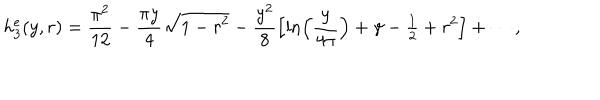
h _ { 3 } ^ { e } ( y , r ) = \frac { \pi ^ { 2 } } { 1 2 } - \frac { \pi y } { 4 } \sqrt { 1 - r ^ { 2 } } - \frac { y ^ { 2 } } { 8 } \left[ \ln \left( \frac { y } { 4 \pi } \right) + \gamma - { \textstyle \frac { 1 } { 2 } } + r ^ { 2 } \right] + \cdots ,